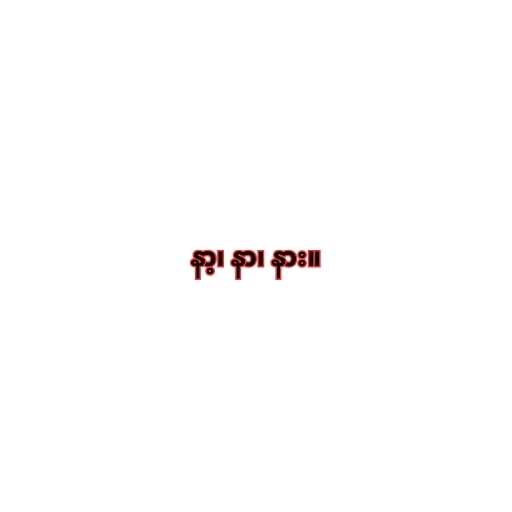
နာ့၊ နာ၊ နား။